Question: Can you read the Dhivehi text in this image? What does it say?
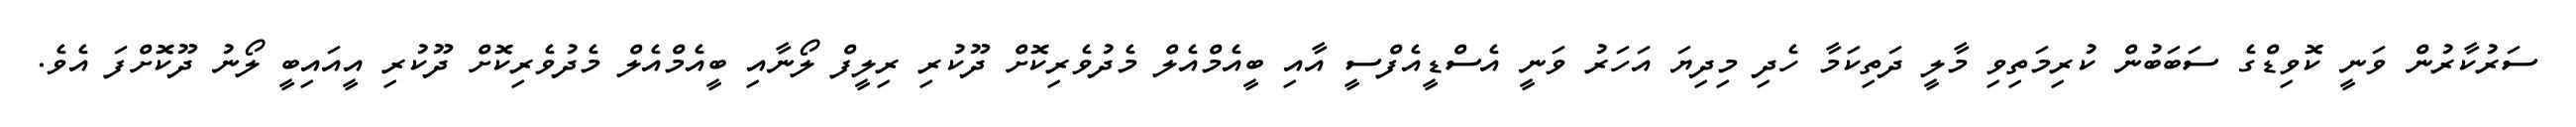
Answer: ސަރުކާރުން ވަނީ ކޮވިޑްގެ ސަބަބުން ކުރިމަތިވި މާލީ ދަތިކަމާ ހެދި މިދިޔަ އަހަރު ވަނީ އެސްޑީއެފްސީ އާއި ބީއެމްއެލް މެދުވެރިކޮށް ދޫކުރި ރިލީފް ލޯނާއި ބީއެމްއެލް މެދުވެރިކޮށް ދޫކުރި އީއައިބީ ލޯނު ދޫކޮށްފަ އެވެ.